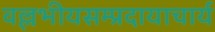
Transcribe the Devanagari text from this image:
वल्लभीयसम्प्रदायाचार्य